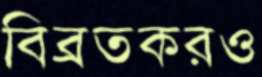
বিব্রতকরও